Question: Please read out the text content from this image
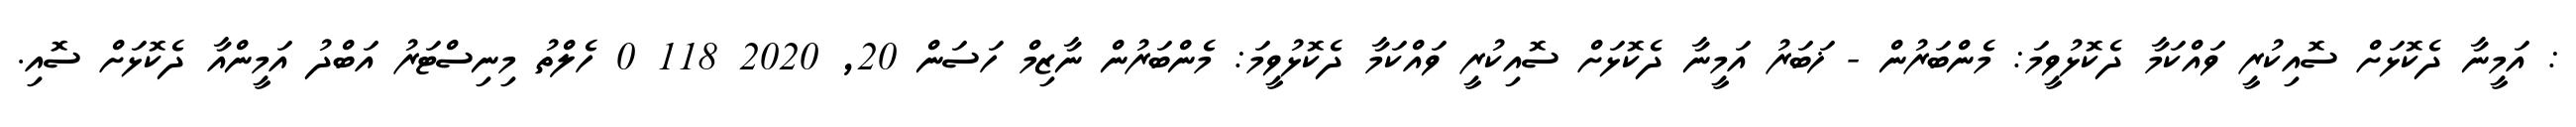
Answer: : އަމީނާ ދެކޮޅަށް ސޮއިކުރީ ވައްކަމާ ދެކޮޅުވީމަ: މެންބަރުން - ޚަބަރު އަމީނާ ދެކޮޅަށް ސޮއިކުރީ ވައްކަމާ ދެކޮޅުވީމަ: މެންބަރުން ނާޒިމް ހަސަން 20, 2020 118 0 ހެލްތު މިނިސްޓަރު އަބްދު އަމީންއާ ދެކޮޅަށް ސޮއި.